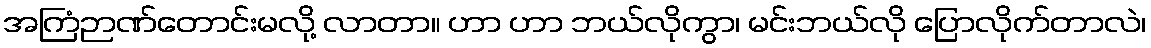
အကြံဉာဏ်တောင်းမလို့ လာတာ။ ဟာ ဟာ ဘယ်လိုကွာ၊ မင်းဘယ်လို ပြောလိုက်တာလဲ၊